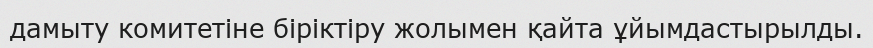
дамыту комитетіне біріктіру жолымен қайта ұйымдастырылды.